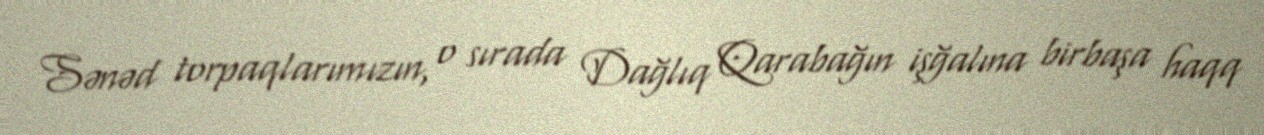
Sənəd torpaqlarımızın, o sırada Dağlıq Qarabağın işğalına birbaşa haqq